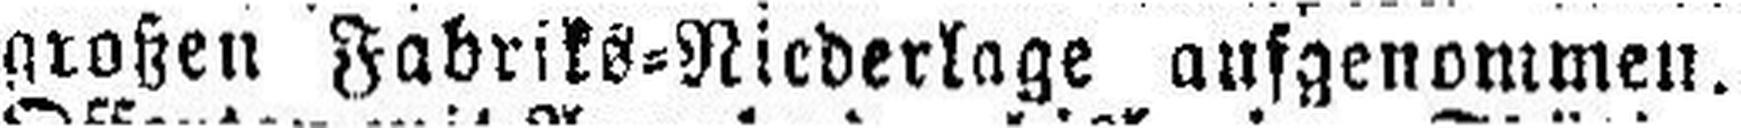
großen Fabriks=Niederlage ausgenommen.